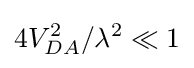
4V_{DA}^{2}/\lambda ^{2}\ll 1